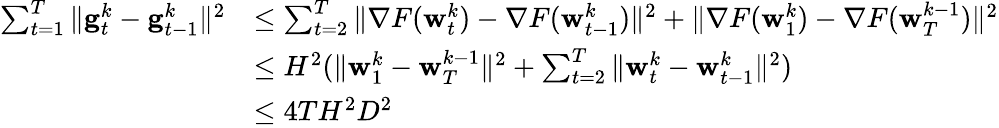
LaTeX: \begin{array}{rl}{\sum_{t=1}^{T}\| \mathbf{g}_{t}^{k}-\mathbf{g}_{t-1}^{k}\| ^{2}}&{\le\sum_{t=2}^{T}\| \nabla F({\mathbf w}_{t}^{k})-\nabla F({\mathbf w}_{t-1}^{k})\| ^{2}+\| \nabla F({\mathbf w}_{1}^{k})-\nabla F({\mathbf w}_{T}^{k-1})\| ^{2}}\\ &{\le H^{2}(\| {\mathbf w}_{1}^{k}-{\mathbf w}_{T}^{k-1}\| ^{2}+\sum_{t=2}^{T}\| {\mathbf w}_{t}^{k}-{\mathbf w}_{t-1}^{k}\| ^{2})}\\ &{\le 4TH^{2}D^{2}}\end{array}